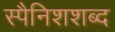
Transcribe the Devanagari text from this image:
स्पैनिशशब्द